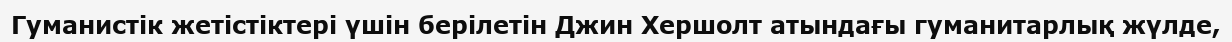
Гуманистік жетістіктері үшін берілетін Джин Хершолт атындағы гуманитарлық жүлде,